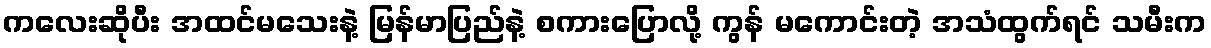
ကလေးဆိုပီး အထင်မသေးနဲ့ မြန်မာပြည်နဲ့ စကားပြောလို့ ကွန် မကောင်းတဲ့ အသံထွက်ရင် သမီးက